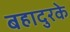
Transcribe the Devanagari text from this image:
बहादुरके